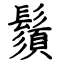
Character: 鬚